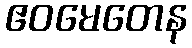
ဧဝမေတေန